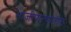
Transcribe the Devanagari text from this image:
भाजीपाल्यातील